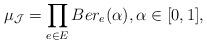
LaTeX: \begin{align*}\mu_{\mathcal{J}}=\prod_{e \in E} Ber_e(\alpha),\alpha \in [0,1],\end{align*}